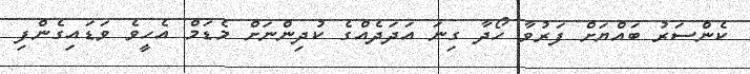
ކެންސަރު ބައްޔަށް ފަރުވާ ހޯދާ ގިނަ އަދަދެއްގެ ކުދިންނަށް މެޑަމް އެހީވެ ވަޑައިގެންފި